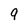
Character: 9